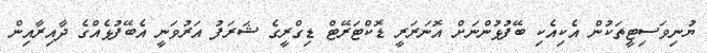
ޔުނިވަސިޓީތަކުން އެކިއެކި ބޭފުޅުންނަށް އޮނަރަރީ ޑޮކްޓަރޭޓް ޑިގްރީގެ ޝަރަފު އަރުވަނީ އެބޭފުޅެއްގެ ދާއިރާއިން